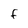
Character: F